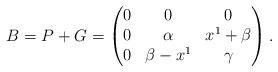
LaTeX: \begin{align*}B=P+G=\begin{pmatrix}0&0&0\cr0&\alpha&x^1+\beta\cr0&\beta-x^1&\gamma\end{pmatrix}.\end{align*}